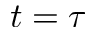
t = \tau